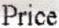
PRICE